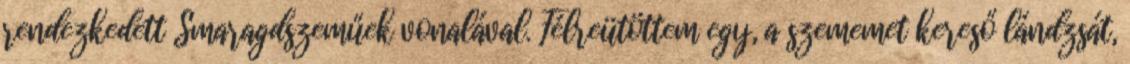
rendezkedett Smaragdszeműek vonalával. Félreütöttem egy, a szememet kereső lándzsát,